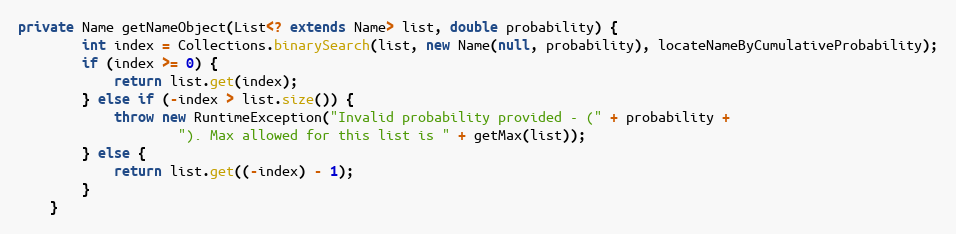
Language: Java
private Name getNameObject(List<? extends Name> list, double probability) {
        int index = Collections.binarySearch(list, new Name(null, probability), locateNameByCumulativeProbability);
        if (index >= 0) {
            return list.get(index);
        } else if (-index > list.size()) {
            throw new RuntimeException("Invalid probability provided - (" + probability +
                    "). Max allowed for this list is " + getMax(list));
        } else {
            return list.get((-index) - 1);
        }
    }